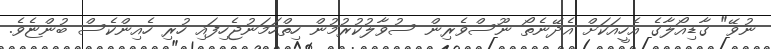
ނުވޭ" ގާޑިއޯލާގެ އެހީއަކަށް އެދޭނެތޯ ނޫސްވެރިން ސުވާލުކުރުމުން ހިތްހަމަނުޖެހިފައި ހުރި ހެއިންކެސް ބުންޏެވެ.